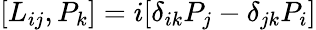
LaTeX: [L_{ij},P_{k}]=i[\delta_{ik}P_{j}-\delta_{jk}P_{i}]